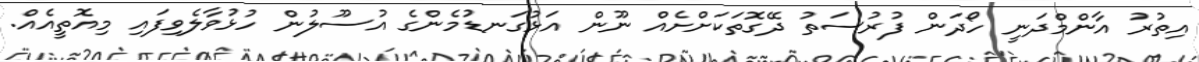
އިތުރު އާންމްދަނީ ހޯދަން ފުރުސަތު ދޭގޮތަކަށްށެއް ނޫން އަޅުގަނޑުމެންގެ އުސޫލުން ހުޅުވާލެވިފައި މިއޮތީއެއް.